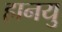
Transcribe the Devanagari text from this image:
हानयु